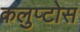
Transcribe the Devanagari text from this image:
कलुप्टोस